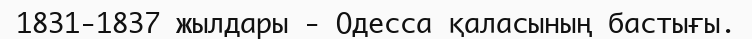
1831-1837 жылдары - Одесса қаласының бастығы.